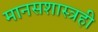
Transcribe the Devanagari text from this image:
मानसशास्त्रही